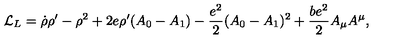
{ \cal L } _ { L } = \dot { \rho } \rho ^ { \prime } - \rho ^ { 2 } + 2 e \rho ^ { \prime } ( A _ { 0 } - A _ { 1 } ) - { \frac { e ^ { 2 } } { 2 } } ( A _ { 0 } - A _ { 1 } ) ^ { 2 } + \frac { b e ^ { 2 } } { 2 } A _ { \mu } A ^ { \mu } ,